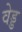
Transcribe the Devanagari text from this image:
वेड्ड